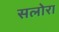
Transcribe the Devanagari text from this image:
सलोरा